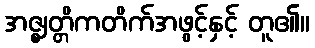
အဇ္ဈတ္တိကတိက်အဖွင့်နှင့် တူ၏။